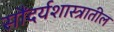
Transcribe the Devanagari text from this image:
सौंदर्यशास्त्रातील